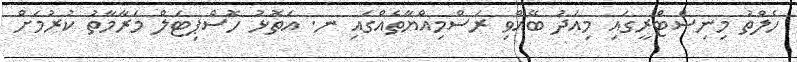
ހެލްތު މިނިސްޓްރީގައި މިއަދު ބޭއްވި ރަސްމިއްޔާތެއްގައި ނ. އަތޮޅު ހޮސްޕިޓަލް މަރާމާތު ކުރުމަށް